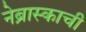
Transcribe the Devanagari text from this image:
नेब्रास्काची